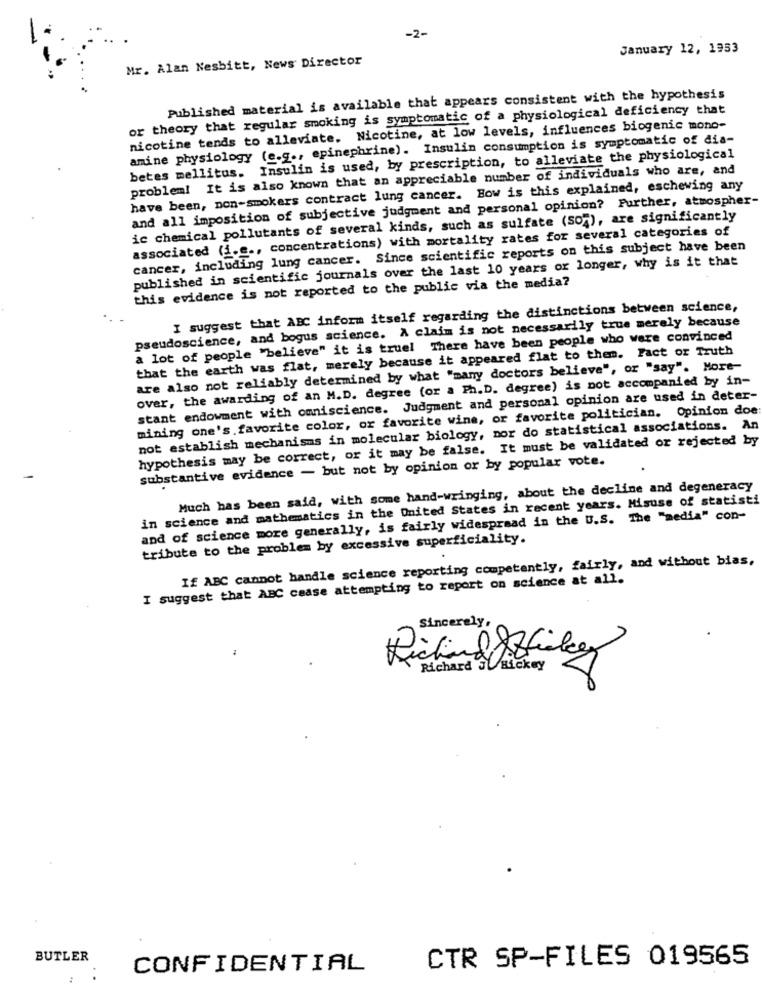
-2-
January 12, 1953
Mr. Alan Nesbitt, News Director
Published material is available that appears consistent with the hypothesis
or theory that regular smoking is symptomatic of a physiological deficiency that
nicotine tends to alleviate. Nicotine, at low levels, influences biogenic mono-
amine physiology (e.g ., epinephrine). Insulin consumption is symptomatic of dia-
betes mellitus. Insulin is used, by prescription, to alleviate the physiological
problem! It is also known that an appreciable number of individuals who are, and
have been, non-smokers contract lung cancer. Bow is this explained, eschewing any
and all imposition of subjective judgment and personal opinion? Further, atmospher-
ic chemical pollutants of several kinds, such as sulfate (SO4), are significantly
associated (i.e ., concentrations) with mortality rates for several categories of
cancer, including lung cancer. Since scientific reports on this subject have been
published in scientific journals over the last 10 years or longer, why is it that
this evidence is not reported to the public via the media?
I suggest that ABC inform itself regarding the distinctions between science,
pseudoscience, and bogus science. A claim is not necessarily true merely because
a lot of people "believe" it is truel There have been people who were convinced
that the earth was flat, merely because it appeared flat to them. Fact or Truth
are also not reliably determined by what "many doctors believe", or "say". More-
over, the awarding of an M.D. degree (or a Ph.D. degree) is not accompanied by in-
stant endowment with omniscience. Judgment and personal opinion are used in deter-
mining one's favorite color, or favorite wine, or favorite politician. Opinion doe:
not establish mechanisms in molecular biology, por do statistical associations. An
hypothesis may be correct, or it may be false. It must be validated or rejected by
substantive evidence - but not by opinion or by popular vote.
Much has been said, with some hand-wringing, about the decline and degeneracy
in science and mathematics in the United States in recent years. Misuse of statisti
and of science more generally, is fairly widespread in the U.S. The "media" con-
tribute to the problem by excessive superficiality.
If ABC cannot handle science reporting competently, fairly, and without bias,
I suggest that ABC cease attempting to report on science at all.
Sincerely,
Richard Attily
Richard SUHickey
BUTLER
CTR SP-FILES 019565
CONFIDENTIAL
: